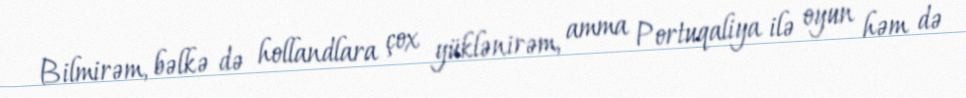
Bilmirəm, bəlkə də hollandlara çox yüklənirəm, amma Portuqaliya ilə oyun həm də